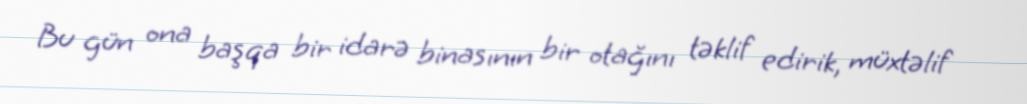
Bu gün ona başqa bir idarə binasının bir otağını təklif edirik, müxtəlif